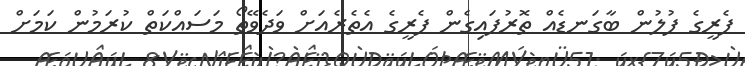
ފެރީގެ ފުލުން ބާގަނޑެއް ތޮރުފައިގެން ފެރީގެ އެތެރެއަށް ވަދެވޭތޯ މަސައްކަތް ކުރަމުން ކަމަށް